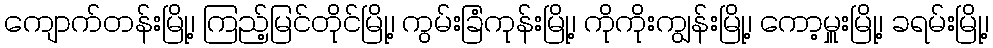
ကျောက်တန်းမြို့၊ ကြည့်မြင်တိုင်မြို့၊ ကွမ်းခြံကုန်းမြို့၊ ကိုကိုးကျွန်းမြို့၊ ကော့မှူးမြို့၊ ခရမ်းမြို့၊